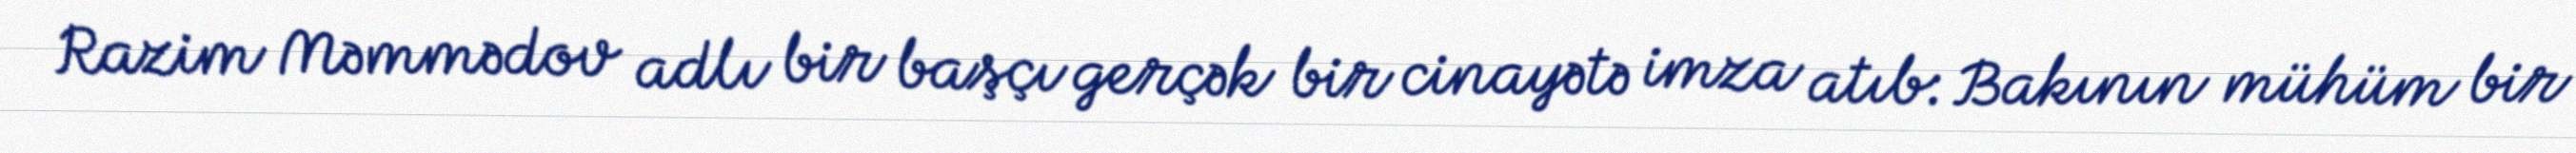
Razim Məmmədov adlı bir başçı gerçək bir cinayətə imza atıb: Bakının mühüm bir